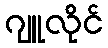
ဂျူလိုင်